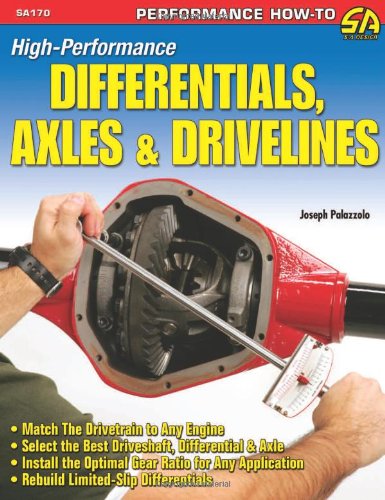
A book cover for High-Performance Differentials, Axles, and Drivelines; Joe Palazzolo; Engineering & Transportation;